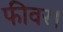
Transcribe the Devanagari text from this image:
फीवर।